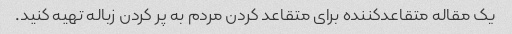
یک مقاله متقاعدکننده برای متقاعد کردن مردم به پر کردن زباله تهیه کنید.